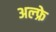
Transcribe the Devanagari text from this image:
अल्फ्रे